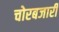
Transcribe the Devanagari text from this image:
चोरबजारी